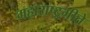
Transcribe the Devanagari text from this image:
महाराष्ट्रगीते